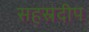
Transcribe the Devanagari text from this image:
सहस्रदीप